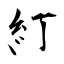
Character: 糽